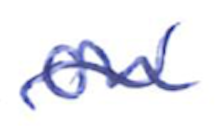
Text: on
Cross-out: wave
Writing tool: ballpoint